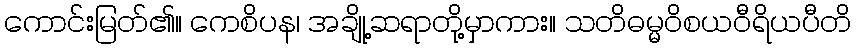
ကောင်းမြတ်၏။ ကေစိပန၊ အချို့ဆရာတို့မှာကား။ သတိဓမ္မဝိစယဝီရိယပီတိ